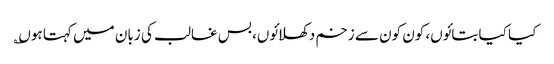
کیا کیا بتائوں، کون کون سے زخم دکھلائوں، بس غالب کی زبان میں کہتا ہوں؎